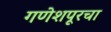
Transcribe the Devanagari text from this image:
गणेशपूरचा